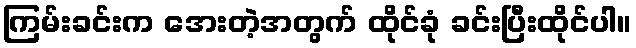
ကြမ်းခင်းက အေးတဲ့အတွက် ထိုင်ခုံ ခင်းပြီးထိုင်ပါ။